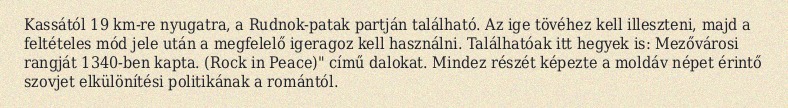
Kassától 19 km-re nyugatra, a Rudnok-patak partján található. Az ige tövéhez kell illeszteni, majd a feltételes mód jele után a megfelelő igeragoz kell használni. Találhatóak itt hegyek is: Mezővárosi rangját 1340-ben kapta. (Rock in Peace)" című dalokat. Mindez részét képezte a moldáv népet érintő szovjet elkülönítési politikának a romántól.